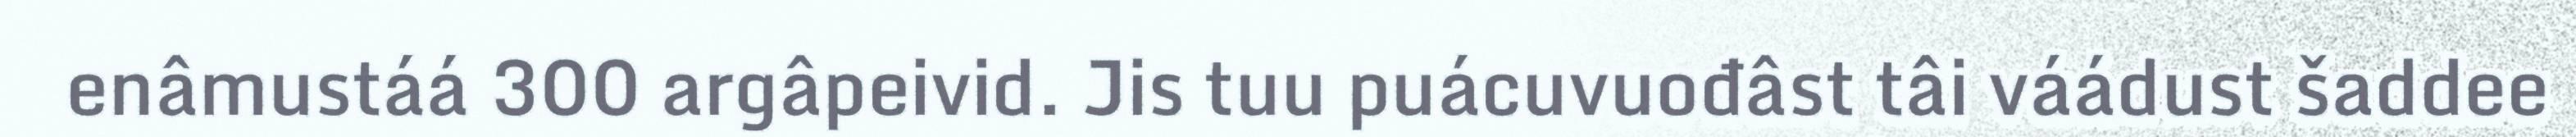
enâmustáá 300 argâpeivid. Jis tuu puácuvuođâst tâi váádust šaddee